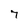
Character: 7